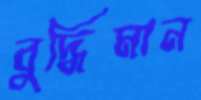
বুদ্ধিমান